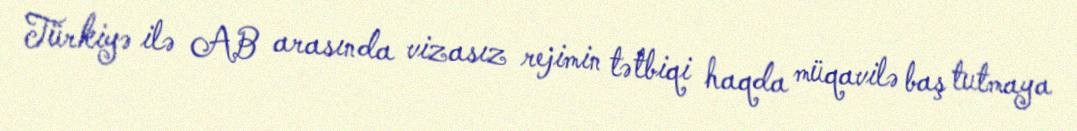
Türkiyə ilə AB arasında vizasız rejimin tətbiqi haqda müqavilə baş tutmaya